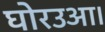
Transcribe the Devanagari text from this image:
घोरउआ।